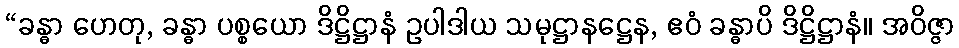
“ခန္ဓာ ဟေတု, ခန္ဓာ ပစ္စယော ဒိဋ္ဌိဋ္ဌာနံ ဥပါဒါယ သမုဋ္ဌာနဋ္ဌေန, ဧဝံ ခန္ဓာပိ ဒိဋ္ဌိဋ္ဌာနံ။ အဝိဇ္ဇာ